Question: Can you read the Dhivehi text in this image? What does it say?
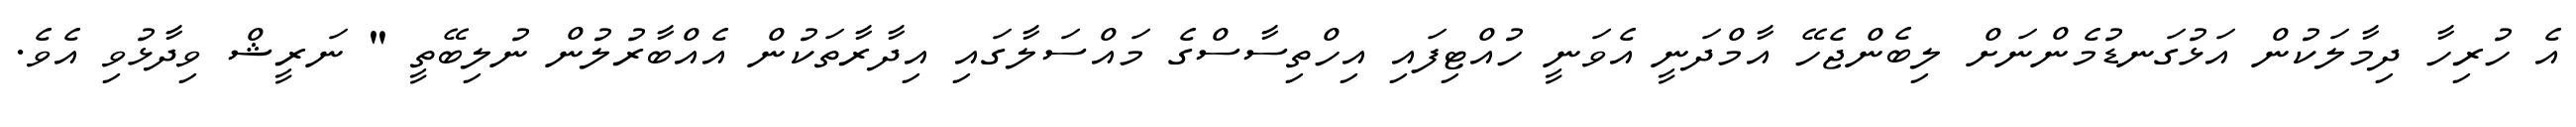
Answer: އެ ހުރިހާ ދިމާލަކުން އަޅުގަނޑުމެންނަށް ލިބެންޖެހޭ އާމްދަނީ އެވަނީ ހުއްޓިފައި އިހްތިސާސްގެ މައްސަލާގައި އިދާރާތަކުން އެއްބާރުލުން ނުލިބޭތީ " ނަރީޝް ވިދާޅުވި އެވެ.